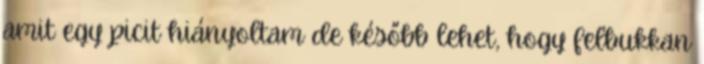
amit egy picit hiányoltam de később lehet, hogy felbukkan